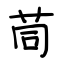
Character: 茼